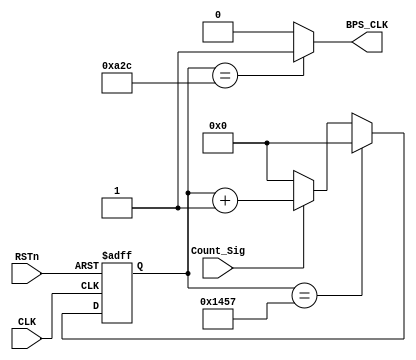
////////////////////////////////////////////////
//// TX_BPS_MODULE.v
//// 				ZHAOCHAO
////					2016-11-14
//////////////////////////////////////////////////////////////
////

module TX_BPS_MODULE
(
	CLK, RSTn,
	Count_Sig,
	BPS_CLK
);

	input CLK;
	input RSTn;
	input Count_Sig;
	output BPS_CLK;
	
	
	//// 9600bps, T = 0.0001041666666666667s
	//// 50M*0.0001041666667 = 5208, 5208/2=2604;
	
	reg [12:0]Count_BPS;
	
	always@(posedge CLK or negedge RSTn)
		if (!RSTn)
			Count_BPS <= 13'd0;
		else if (Count_BPS == 13'd5207)
			Count_BPS <= 13'd0;
		else if (Count_Sig)
			Count_BPS <= Count_BPS + 1'b1;
		else 
			Count_BPS <= 13'd0;
			
	////////////////////////////////
	
	assign BPS_CLK = (Count_BPS == 13'd2604) ? 1'b1 : 1'b0;
	
	
endmodule